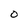
Character: 0